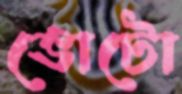
ভোটো